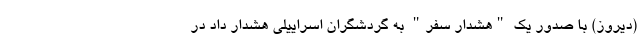
(دیروز) با صدور یک "هشدار سفر" به گردشگران اسراییلی هشدار داد در